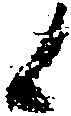
候